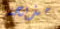
مذبحة